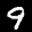
Label: 9